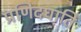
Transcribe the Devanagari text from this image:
प्रणिदघाति